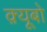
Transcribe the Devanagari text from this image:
क़्यूबो